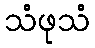
သံဖုသံ